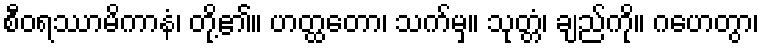
စီဝရဿာမိကာနံ၊ တို့၏။ ဟတ္ထတော၊ သက်မှ။ သုတ္တံ၊ ချည်ကို။ ဂဟေတွာ၊